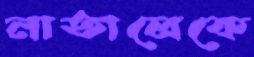
নাতালেকে